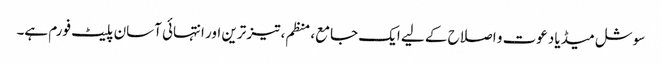
سوشل میڈیا دعوت و اصلاح کے لیے ایک جامع، منظم، تیز ترین اور انتہائی آسان پلیٹ فورم ہے۔